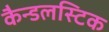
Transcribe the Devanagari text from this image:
कैन्डलस्टिक